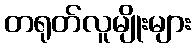
တရုတ်လူမျိုးများ